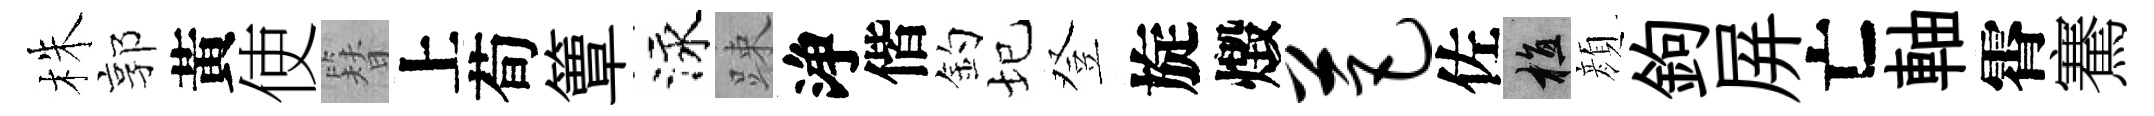
株郭黃使簪上荀簟泳踈浄偕釣圮登旋燬芭佐植顔鉤屏亡軸霄騫